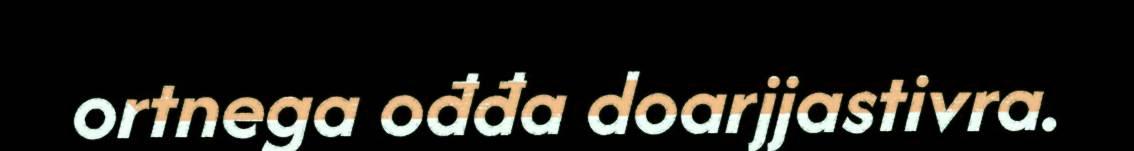
ortnega ođđa doarjjastivra.